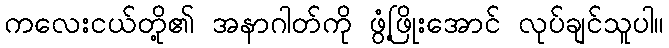
ကလေးငယ်တို့၏ အနာဂါတ်ကို ဖွံ့ဖြိုးအောင် လုပ်ချင်သူပါ။